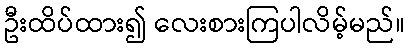
ဦးထိပ်ထား၍ လေးစားကြပါလိမ့်မည်။